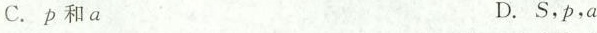
C. p和a D. S，p，a